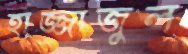
হাজ্জাজুল